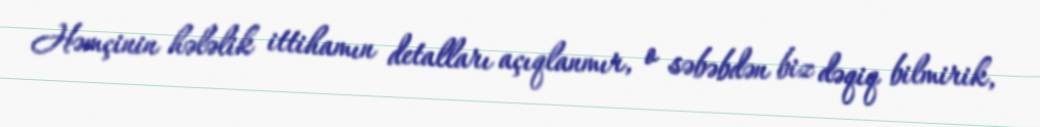
Həmçinin hələlik ittihamın detalları açıqlanmır, o səbəbdən biz dəqiq bilmirik,